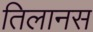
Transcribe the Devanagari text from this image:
तिलानस